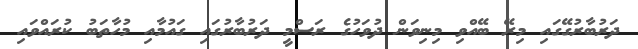
ދަރުބާރުގޭގައި މިރޭ ބޭއްވި މިނިވަން ދުވަހުގެ ރަސްމީ ދަރުބާރުގައި ގައުމާއި މުހާތަބު ކުރައްވައި